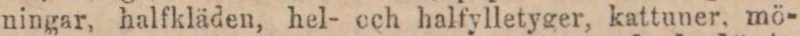
ningar, halfkläden, hel- och halfylletyger, kattuner, mö-